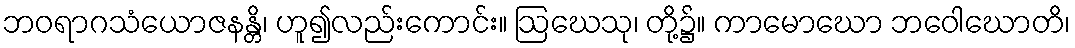
ဘဝရာဂသံယောဇနန္တိ၊ ဟူ၍လည်းကောင်း။ ဩဃေသု၊ တို့၌။ ကာမောဃော ဘဝေါဃောတိ၊